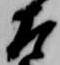
左